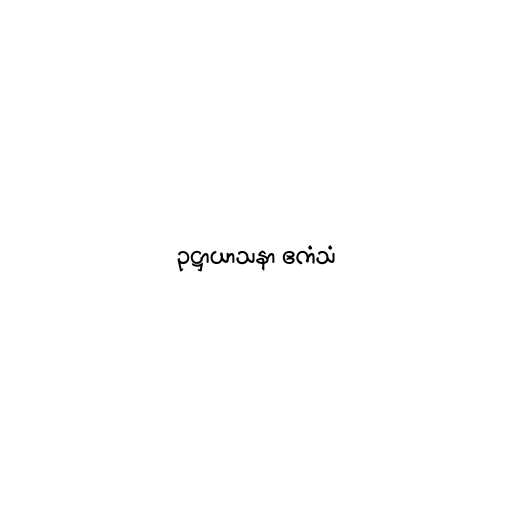
ဥဋ္ဌာယာသနာ ဧကံသံ